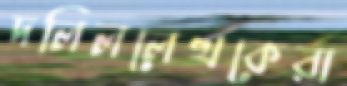
দলিললেখকেরা